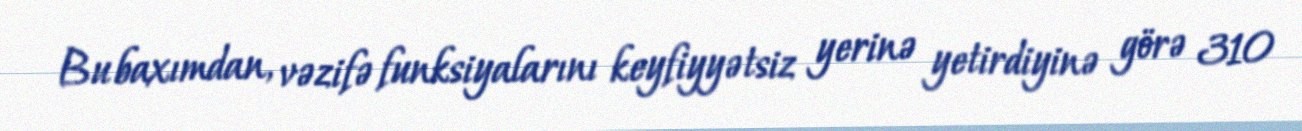
Bu baxımdan, vəzifə funksiyalarını keyfiyyətsiz yerinə yetirdiyinə görə 310